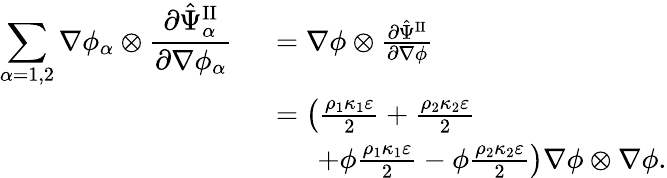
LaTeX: \begin{array}{rl}{\displaystyle\sum_{\alpha=1,2}\nabla\phi_{\alpha}\otimes\frac{\partial\hat{\Psi}_{\alpha}^{\mathrm{II}}}{\partial\nabla\phi_{\alpha}}}&{~=\nabla\phi\otimes\frac{\partial\hat{\Psi}^{\mathrm{II}}}{\partial\nabla\phi}}\\ &{~=\left(\frac{\rho_{1}\kappa_{1}\varepsilon}{2}+\frac{\rho_{2}\kappa_{2}\varepsilon}{2}\right.}\\ &{\quad\quad\left.+\phi\frac{\rho_{1}\kappa_{1}\varepsilon}{2}-\phi\frac{\rho_{2}\kappa_{2}\varepsilon}{2}\right)\nabla\phi\otimes\nabla\phi.}\end{array}